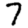
Digit: 7